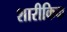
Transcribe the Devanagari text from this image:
शारीकिक